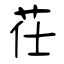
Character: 茌